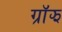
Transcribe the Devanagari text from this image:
ग्रॉझ